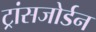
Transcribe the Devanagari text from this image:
ट्रांसजोर्डन